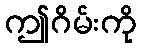
ဤဂိမ်းကို